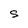
Character: S